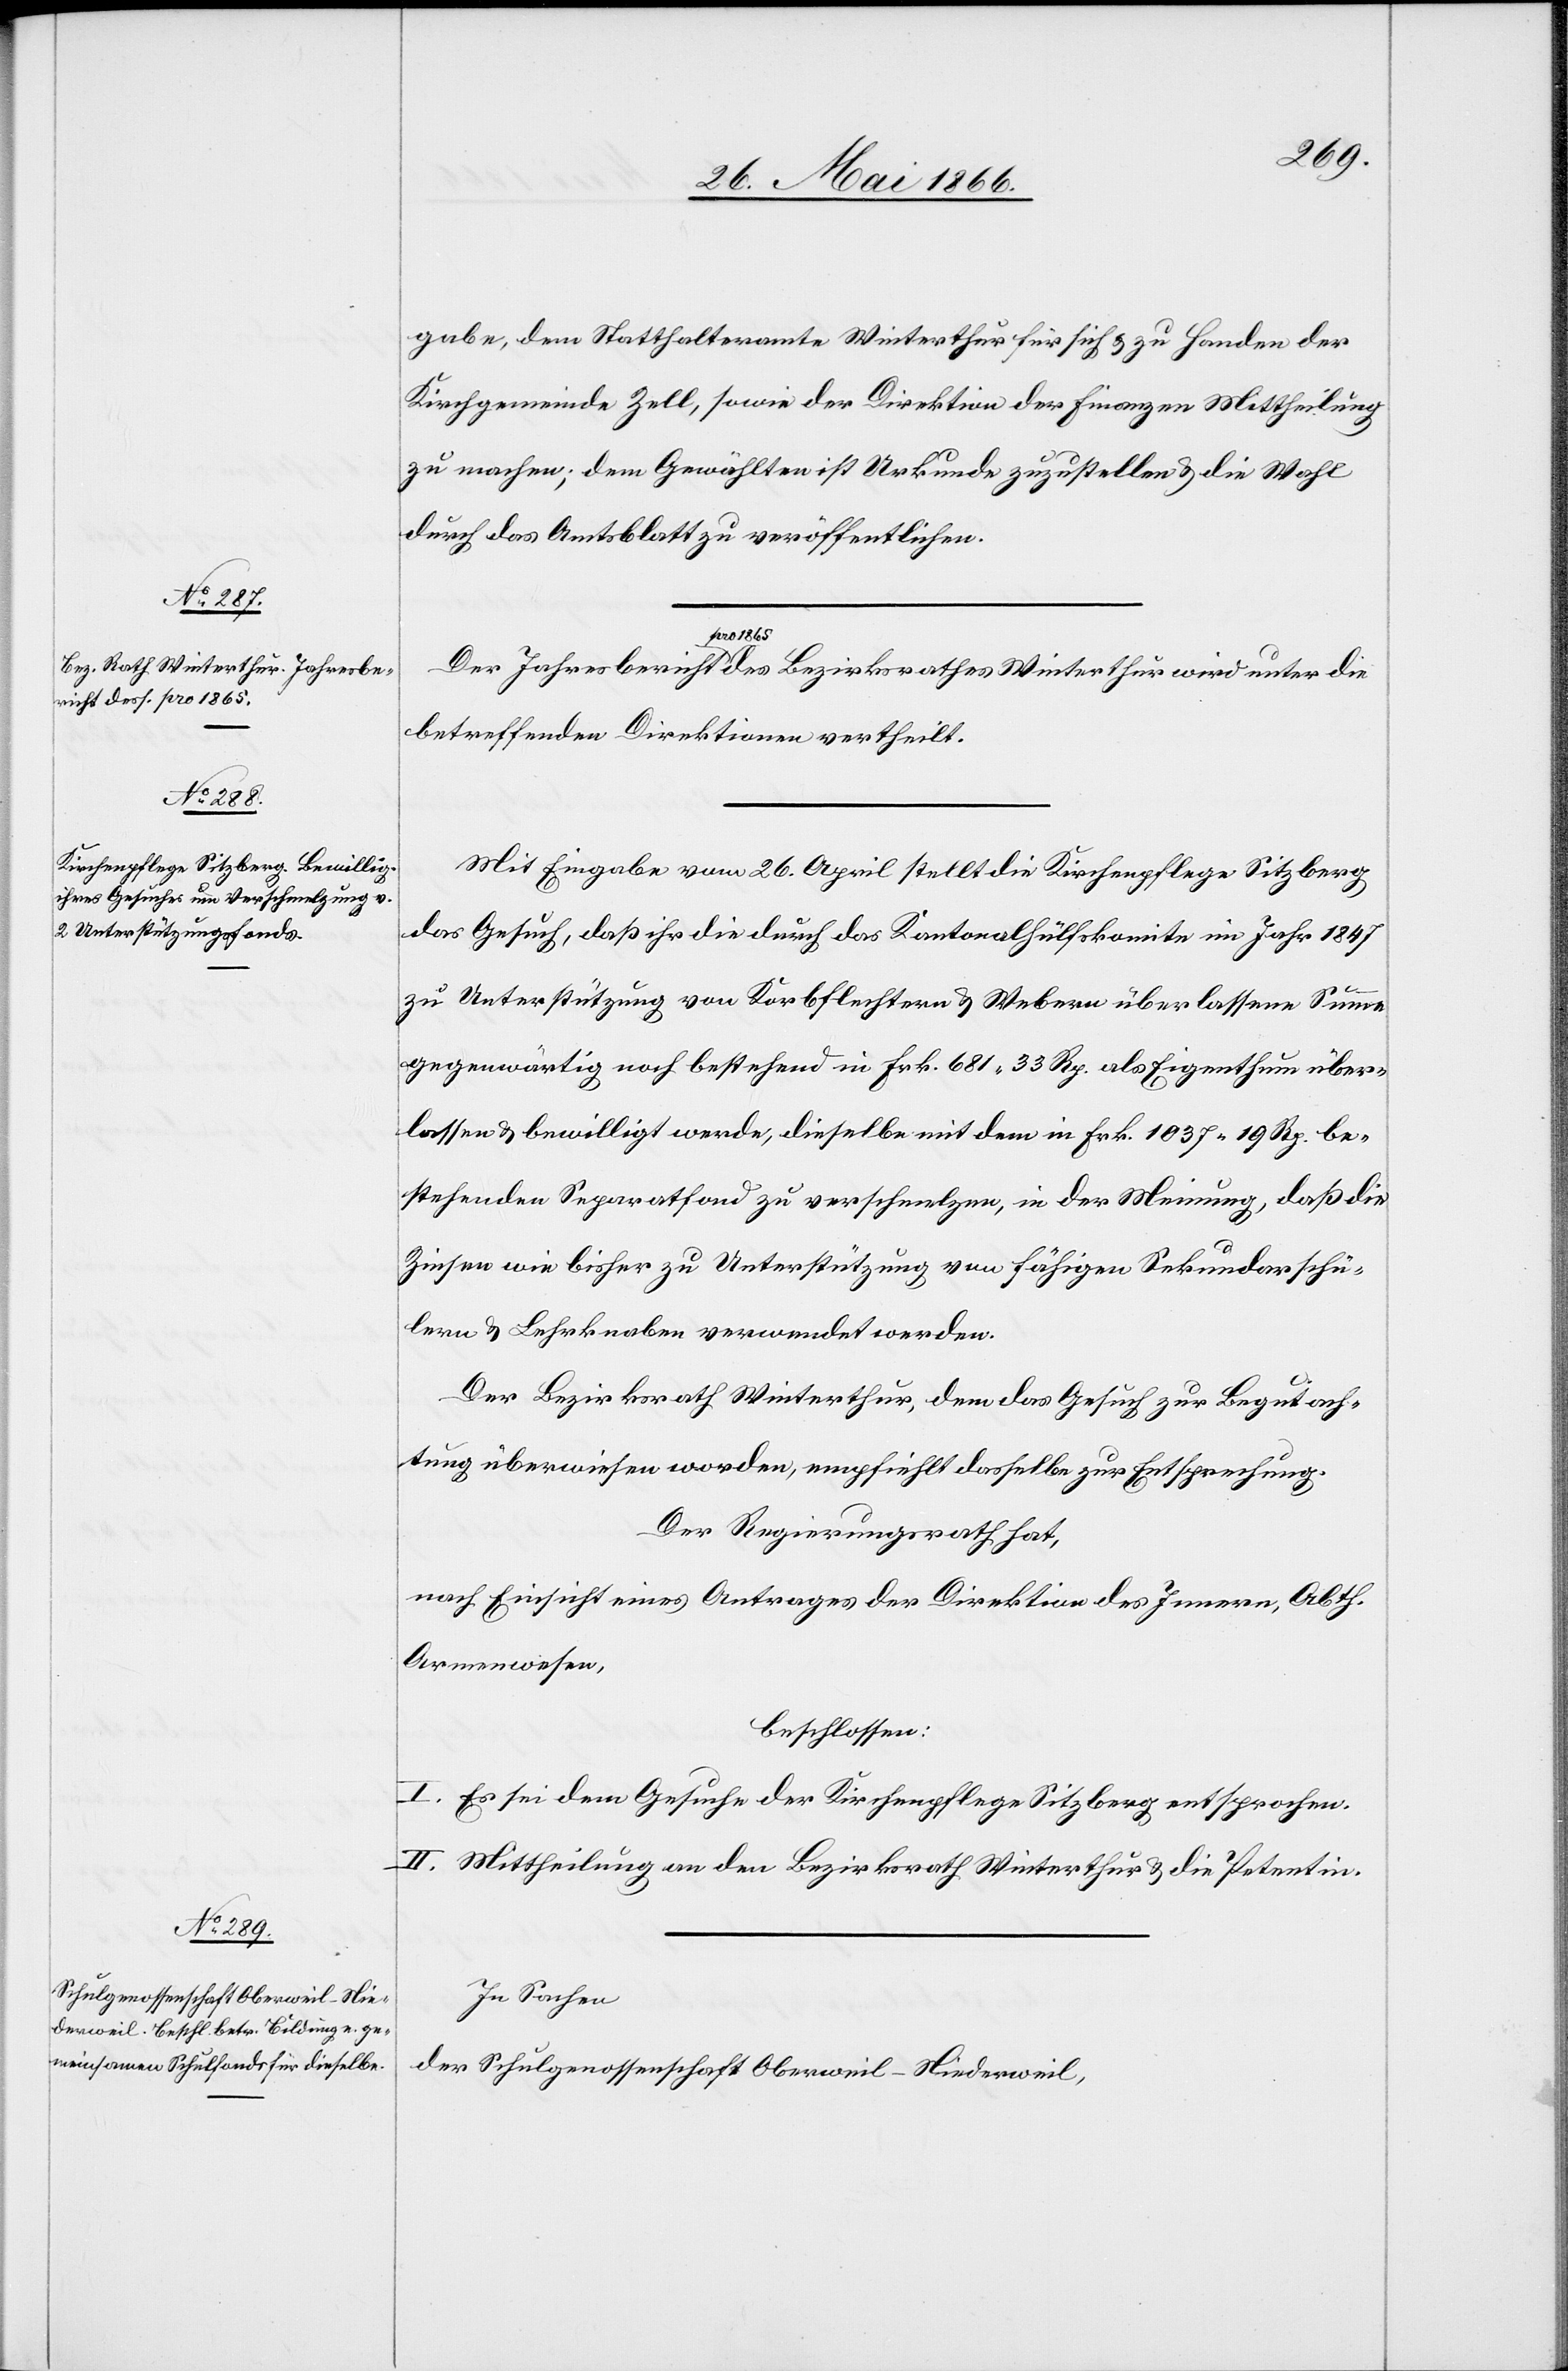
gabe, dem Statthalteramte Winterthur für sich u. zu Handen der
Kirchgemeinde Zell, sowie der Direktion der Finanzen Mittheilung
zu machen; dem Gewählten ist Urkunde zuzustellen u. die Wahl
durch das Amtsblatt zu veröffentlichen.
Der Jahresbericht pro 1865 des Bezirksrathes Winterthur wird unter die
betreffenden Direktionen vertheilt.
Mit Eingabe vom 26. April stellt die Kirchenpflege Sitzberg
das Gesuch, daß ihr die durch das Kantonalhülfskomite im Jahr 1847
zu Unterstützung von Korbflechtern u. Webern überlassene Summe
gegenwärtig noch bestehend in Frk. 681.33 Rp. als Eigenthum über¬
lassen u. bewilligt werde, dieselbe mit dem in Frk. 1037.19 Rp. be¬
stehenden Separatfond zu verschmelzen, in der Meinung, daß die
Zinsen wie bisher zu Unterstützung von fähigen Sekundarschü¬
lern u. Lehrknaben verwendet werden.
Der Bezirksrath Winterthur, dem das Gesuch zur Begutach¬
tung überwiesen worden, empfiehlt dasselbe zur Entsprechung.
Der Regierungsrath hat,
nach Einsicht eines Antrages der Direktion des Innern, Abth.
Armenwesen,
beschlossen:
I. Es sei dem Gesuche der Kirchenpflege Sitzberg entsprochen.
II. Mittheilung an den Bezirksrath Winterthur u. die Petentin.
In Sachen
der Schulgenossenschaft Oberweil-Niederweil,